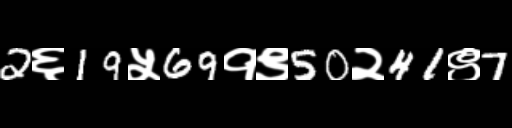
Text: 2६19५69१९50२41९7